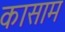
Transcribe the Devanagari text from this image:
कासाम